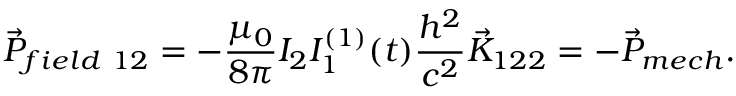
\vec { P } _ { f i e l d ~ 1 2 } = - \frac { \mu _ { 0 } } { 8 \pi } I _ { 2 } I _ { 1 } ^ { ( 1 ) } ( t ) \frac { h ^ { 2 } } { c ^ { 2 } } \vec { K } _ { 1 2 2 } = - \vec { P } _ { m e c h } .